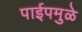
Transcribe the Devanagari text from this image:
पाईपमुळे